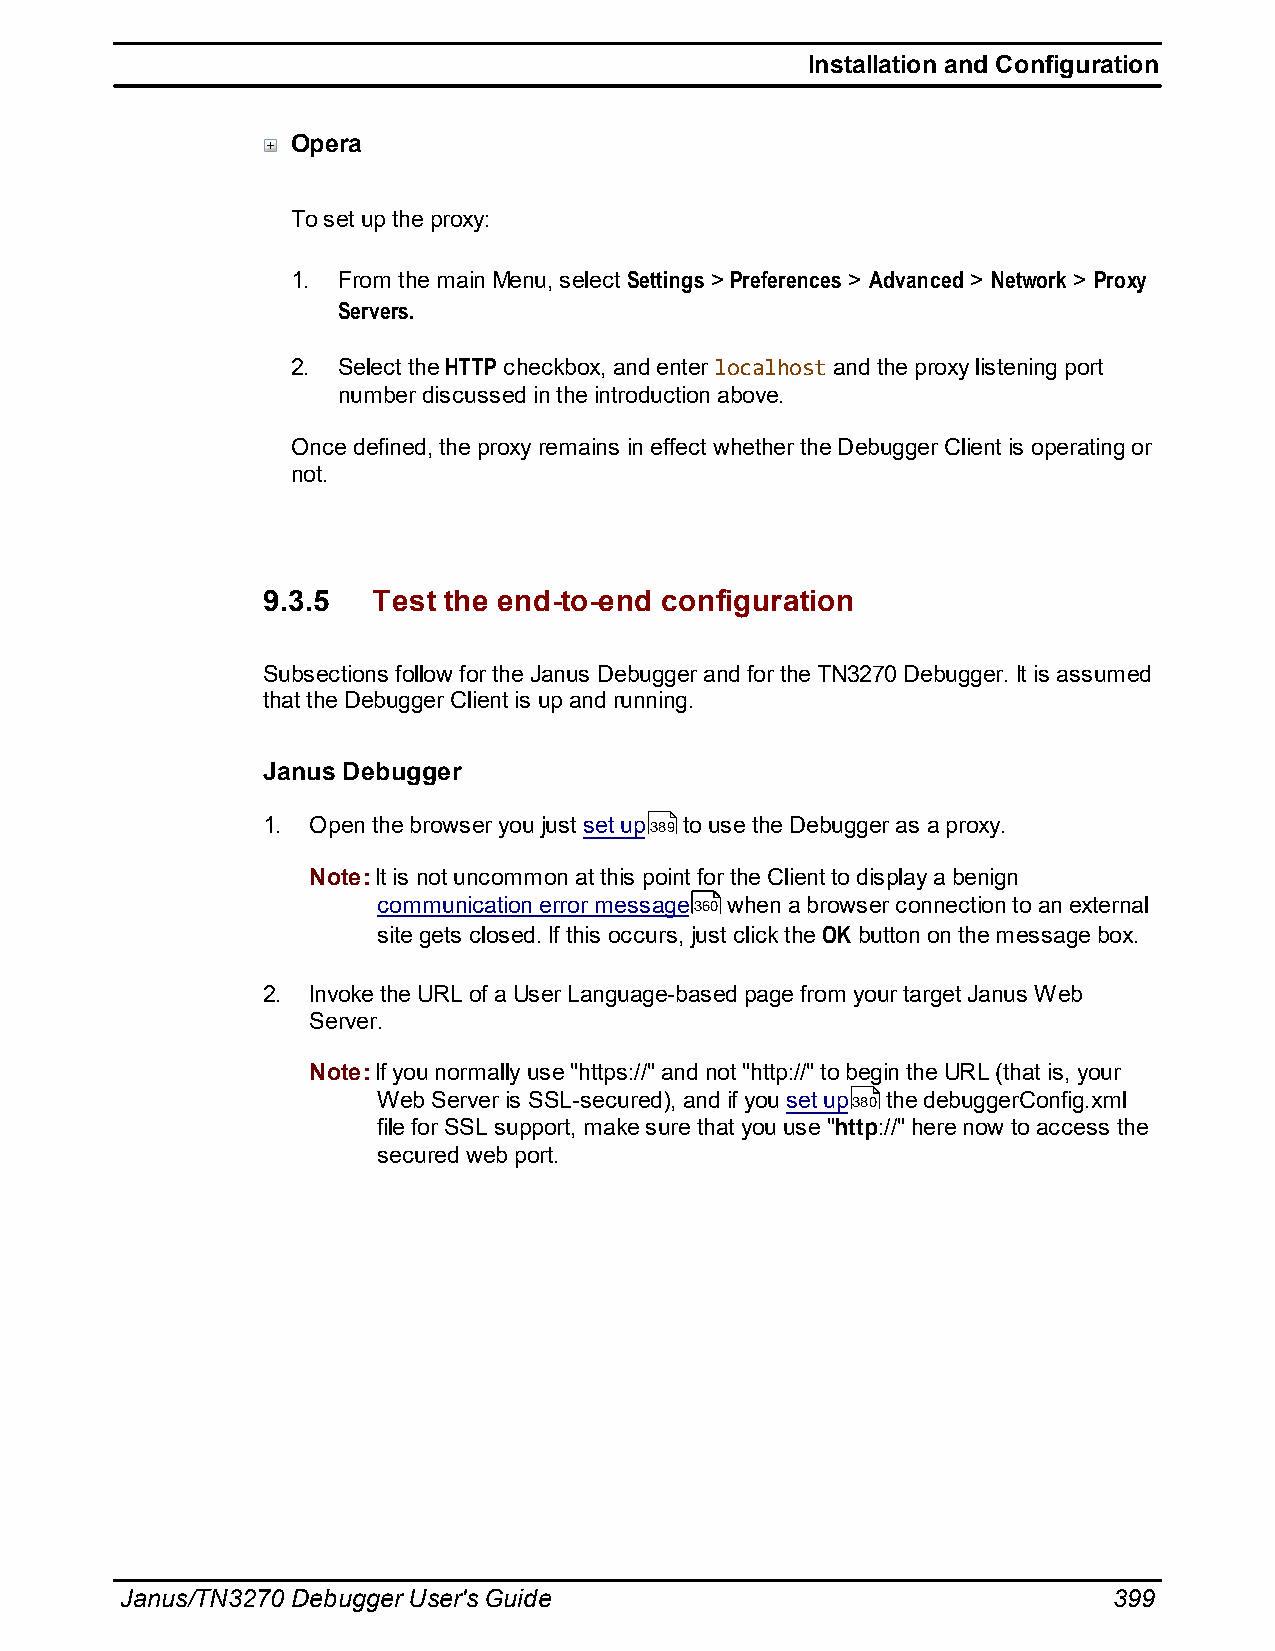
Installation and Configuration
 Opera
 To set up the proxy:
 1. From the main Menu, select Settings > Preferences > Advanced > Network > Proxy
 Servers.
 2. Select the HTTP checkbox, and enter localhost and the proxy listening port
 number discussed in the introduction above.
 Once defined, the proxy remains in effect whether the Debugger Client is operating or
 not.
 9.3.5   Test the end-to-end configuration
 Subsections follow for the Janus Debugger and for the TN3270 Debugger. It is assumed
 that the Debugger Client is up and running.
 Janus Debugger
 1. Open the browser you just set up389 to use the Debugger as a proxy.
 Note: It is not uncommon at this point for the Client to display a benign
 communication error message360 when a browser connection to an external
 site gets closed. If this occurs, just click the OK button on the message box.
 2. Invoke the URL of a User Language-based page from your target Janus Web
 Server.
 Note: If you normally use "https://" and not "http://" to begin the URL (that is, your
 Web Server is SSL-secured), and if you set up380 the debuggerConfig.xml
 file for SSL support, make sure that you use "http://" here now to access the
 secured web port.
 Janus/TN3270 Debugger User's Guide                                399